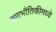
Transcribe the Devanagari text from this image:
कणभौतिकीमध्ये